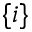
\{ i \}